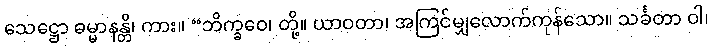
သေဋ္ဌော ဓမ္မာနန္တိ၊ ကား။ “ဘိက္ခဝေ၊ တို့။ ယာဝတာ၊ အကြင်မျှလောက်ကုန်သော။ သင်္ခတာ ဝါ၊